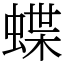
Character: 蝶